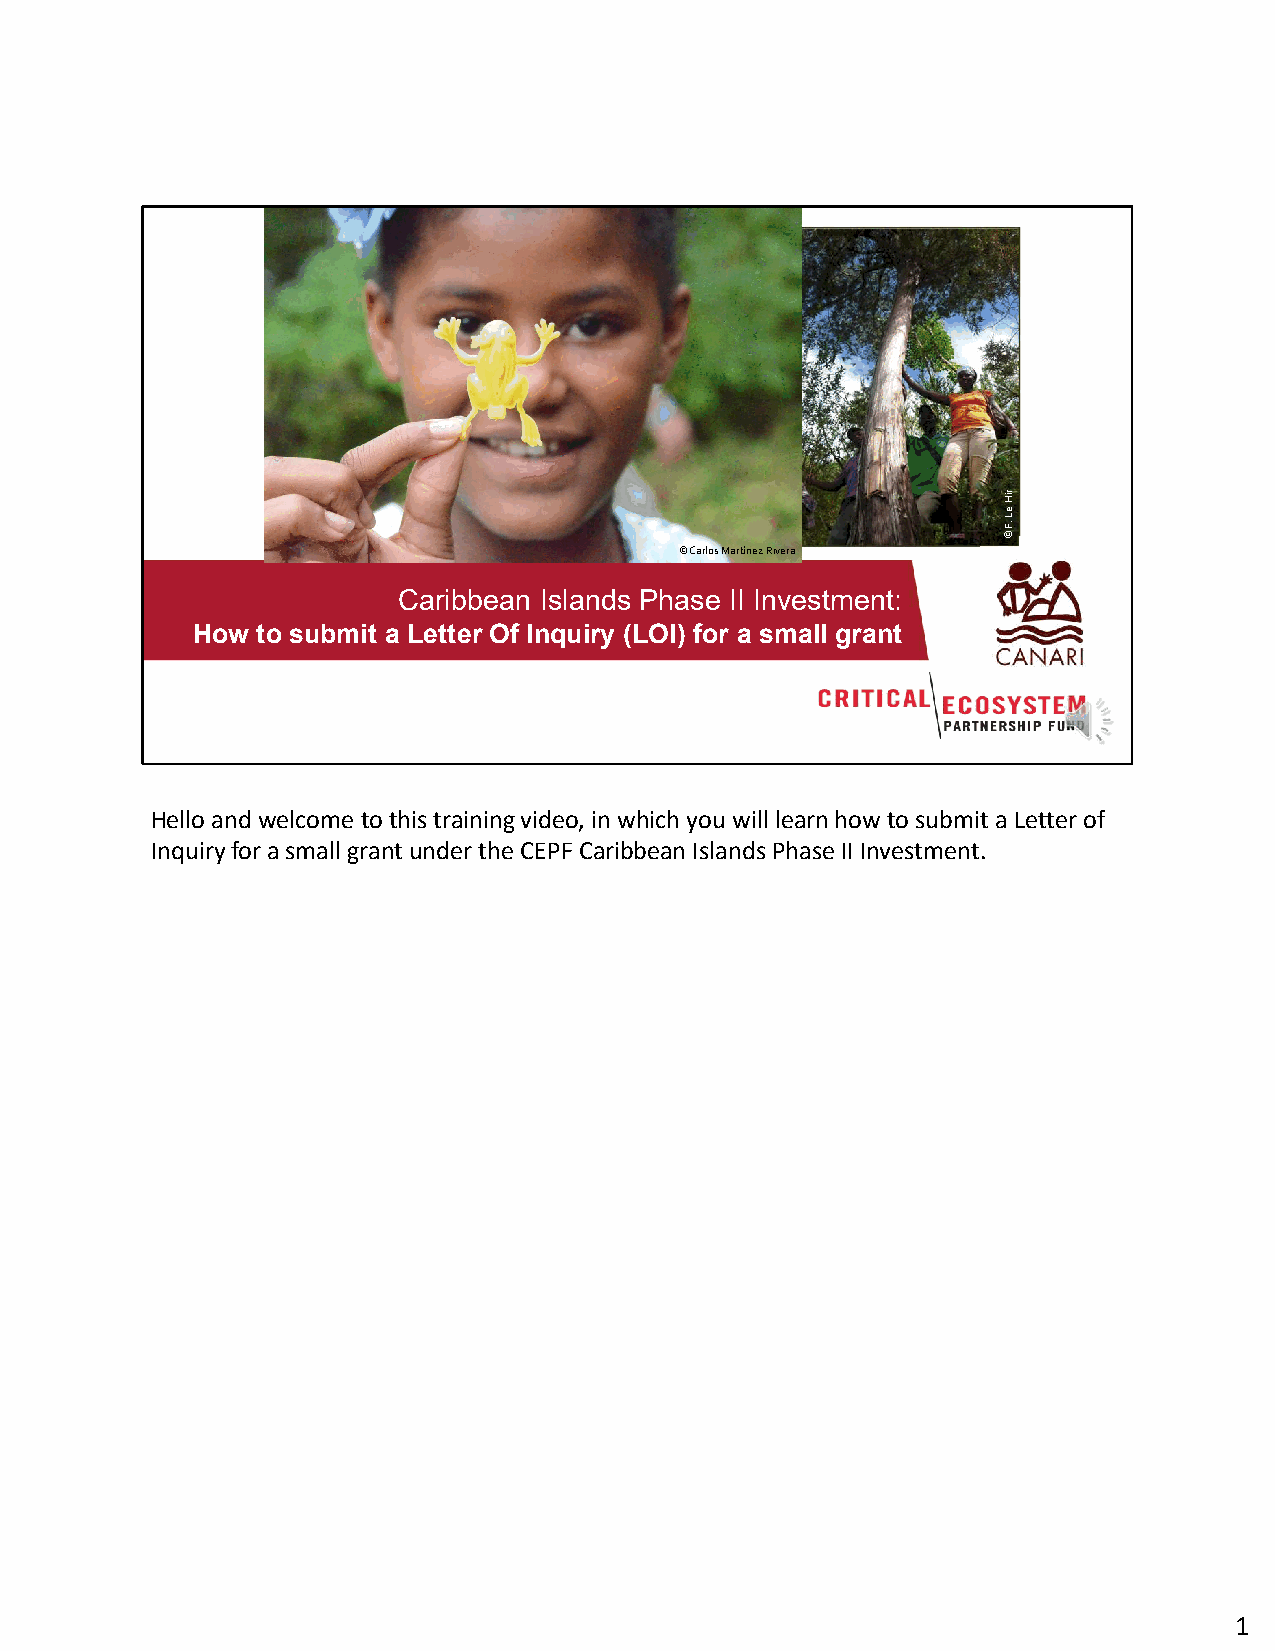
© Carlos Martínez Rivera
 Caribbean Islands Phase II Investment:
 How to submit a Letter Of Inquiry (LOI) for a small grant
 Hello and welcome to this training video, in which you will learn how to submit a Letter of
 Inquiry for a small grant under the CEPF Caribbean Islands Phase II Investment.
 1
 riH
 eL
 .F
 ©